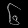
Digit: ၆